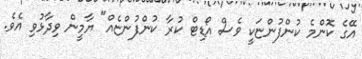
އޭގެ ކޮންމެ ކުންފުންޏަކީ ވެސް އޯޑިޓް ކުރާ ކުންފުންޏެއް" ޔާމީން ވިދާޅުވި އެވެ.